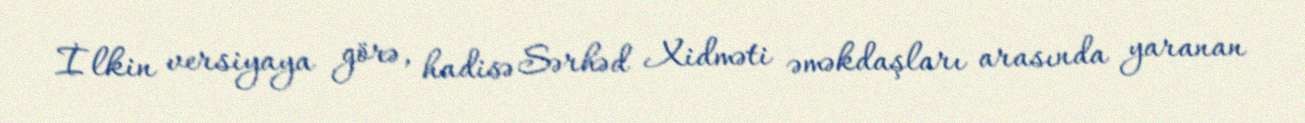
İlkin versiyaya görə, hadisə Sərhəd Xidməti əməkdaşları arasında yaranan